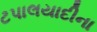
ટપાલયાદીના